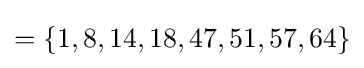
=\{1,8,14,18,47,51,57,64\}